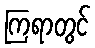
ကြရာတွင်